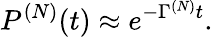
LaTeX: P^{(N)}(t)\approx e^{-\Gamma^{(N)}t}.